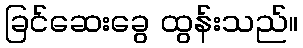
ခြင်ဆေးခွေ ထွန်းသည်။